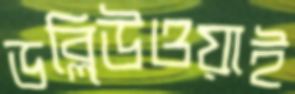
ডব্লিউওয়াই